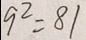
9 ^ { 2 } = 8 1